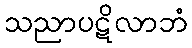
သညာပဋိလာဘံ